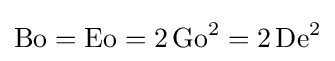
\mathrm {Bo} =\mathrm {Eo} =2\,\mathrm {Go} ^{2}=2\,\mathrm {De} ^{2}